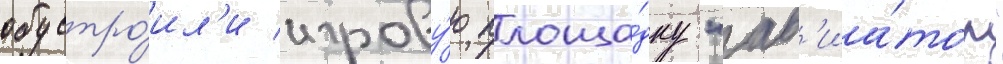
обустро́ил'и игрову́ю площа́дку "ав'иа́тор"